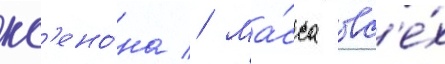
кс'ено́на // Ма́сса вс'е́х